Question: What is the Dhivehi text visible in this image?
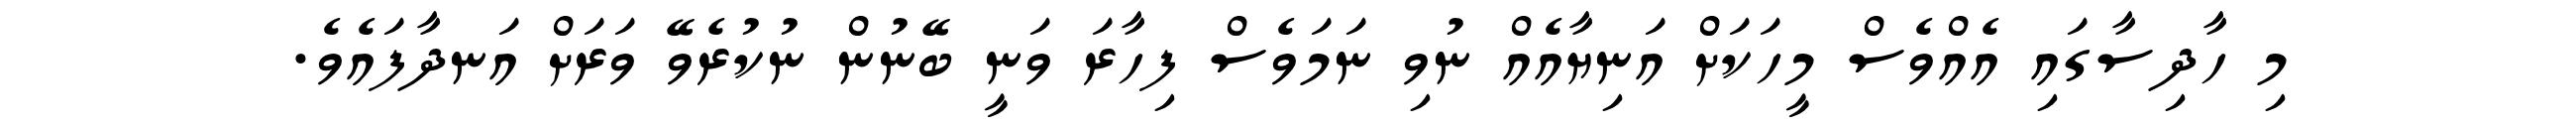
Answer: މި ހާދިސާގައި އެއްވެސް މީހަކަށް އަނިޔާއެއް ނުވި ނަމަވެސް ފިހާރަ ވަނީ ބޭނުން ނުކުރެވޭ ވަރަށް އަނދާފައެވެ.